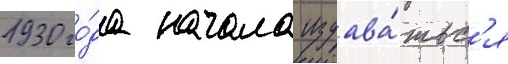
1930 го́да начала издава́тьс'я